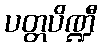
ပတ္တပိဏ္ဍီ